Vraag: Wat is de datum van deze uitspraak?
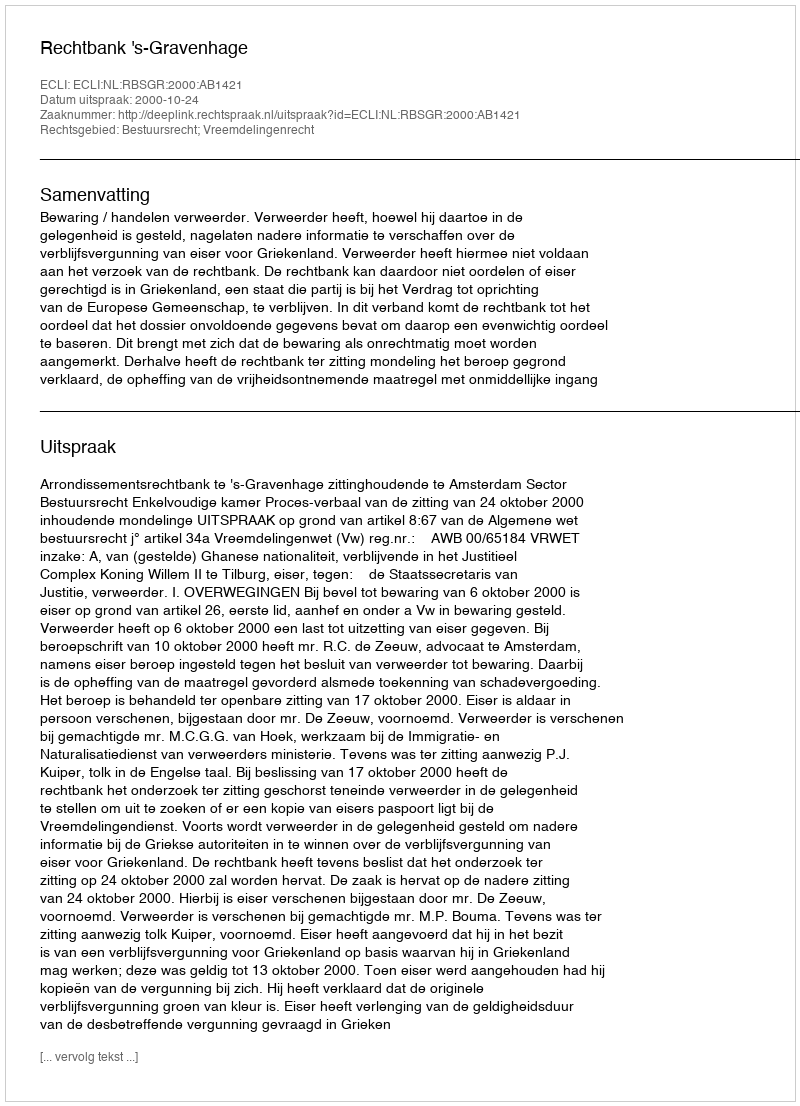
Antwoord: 2000-10-24